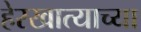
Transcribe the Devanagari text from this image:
हेरखात्याच्या